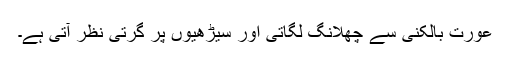
عورت بالکنی سے چھلانگ لگاتی اور سیڑھیوں پر گرتی نظر آتی ہے۔